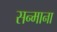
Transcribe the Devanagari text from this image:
सन्माना